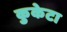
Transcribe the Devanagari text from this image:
कुकेटा